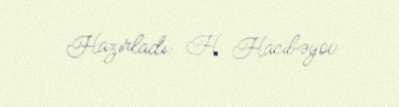
Hazırladı: H. Hacıbəyov